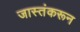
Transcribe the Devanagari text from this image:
जास्तंकरून